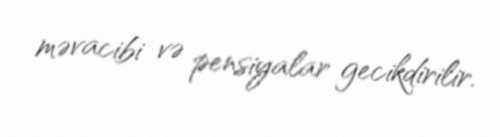
məvacibi və pensiyalar gecikdirilir.